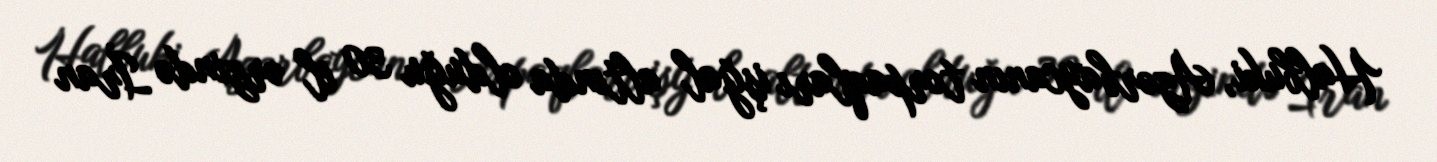
Halbuki, Azərbaycanın torpaqları işğal altında olduğu 30 il ərzində İran